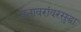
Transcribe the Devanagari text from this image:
जनावरांवरसुद्धा